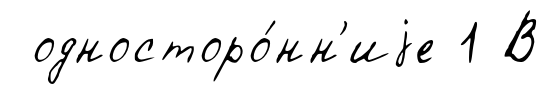
односторо́нн'иjе 1 В